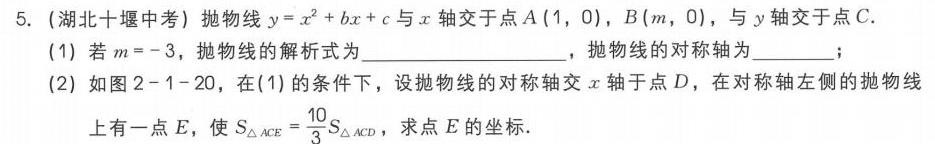
5.（湖北十堰中考）抛物线\(y = x^{2}+bx + c\)与\(x\)轴交于点\(A(1,0)\)，\(B(m,0)\)，与\(y\)轴交于点\(C\)．
(1) 若\(m = - 3\)，抛物线的解析式为  ，抛物线的对称轴为  ；
(2) 如图\(2 - 1 - 20\)，在(1)的条件下，设抛物线的对称轴交\(x\)轴于点\(D\)，在对称轴左侧的抛物线上有一点\(E\)，使\(S_{\triangle ACE}=\frac{10}{3}S_{\triangle ACD}\)，求点\(E\)的坐标．